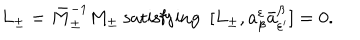
LaTeX: L _ { \pm } = \bar { M } _ { \pm } ^ { - 1 } M _ { \pm } \ \mathrm { s a t i s f y i n g } \ \ [ L _ { \pm } , a _ { \beta } ^ { \varepsilon } \bar { a } _ { \varepsilon ^ { \prime } } ^ { \beta } ] = 0 .